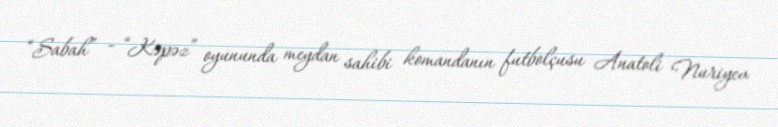
“Sabah” - “Kəpəz” oyununda meydan sahibi komandanın futbolçusu Anatoli Nuriyev